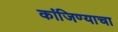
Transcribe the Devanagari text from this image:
कांजिण्याचा